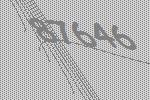
87646